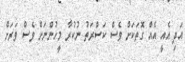
އަދި އެއީ އެއް ގޮތަކަށް ވެސް ކަސްރަތު ނުކުރާ މީހުންނަށް ވެސް ވަރަށް